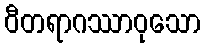
ဝီတရာဂဿာဝုသော